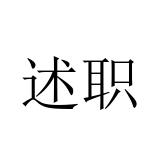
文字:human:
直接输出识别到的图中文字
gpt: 述职